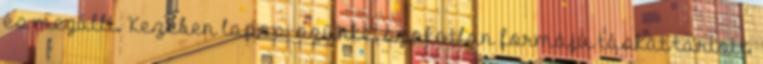
és megállt. Kezében lapos, szürke, szokatlan formájú táskát tartott.